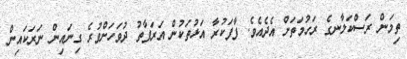
ތިމަން ރަސްކަލާނގެ ރަހުމަތަށް އެދެއެވެ. ފާފަކުރާ އަޅުތަކުން އަރަފާތު ދުވަހަށްވުރެ ގިނައިން ނަރަކައިން